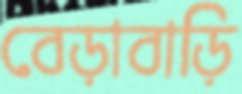
বেড়াবাড়ি